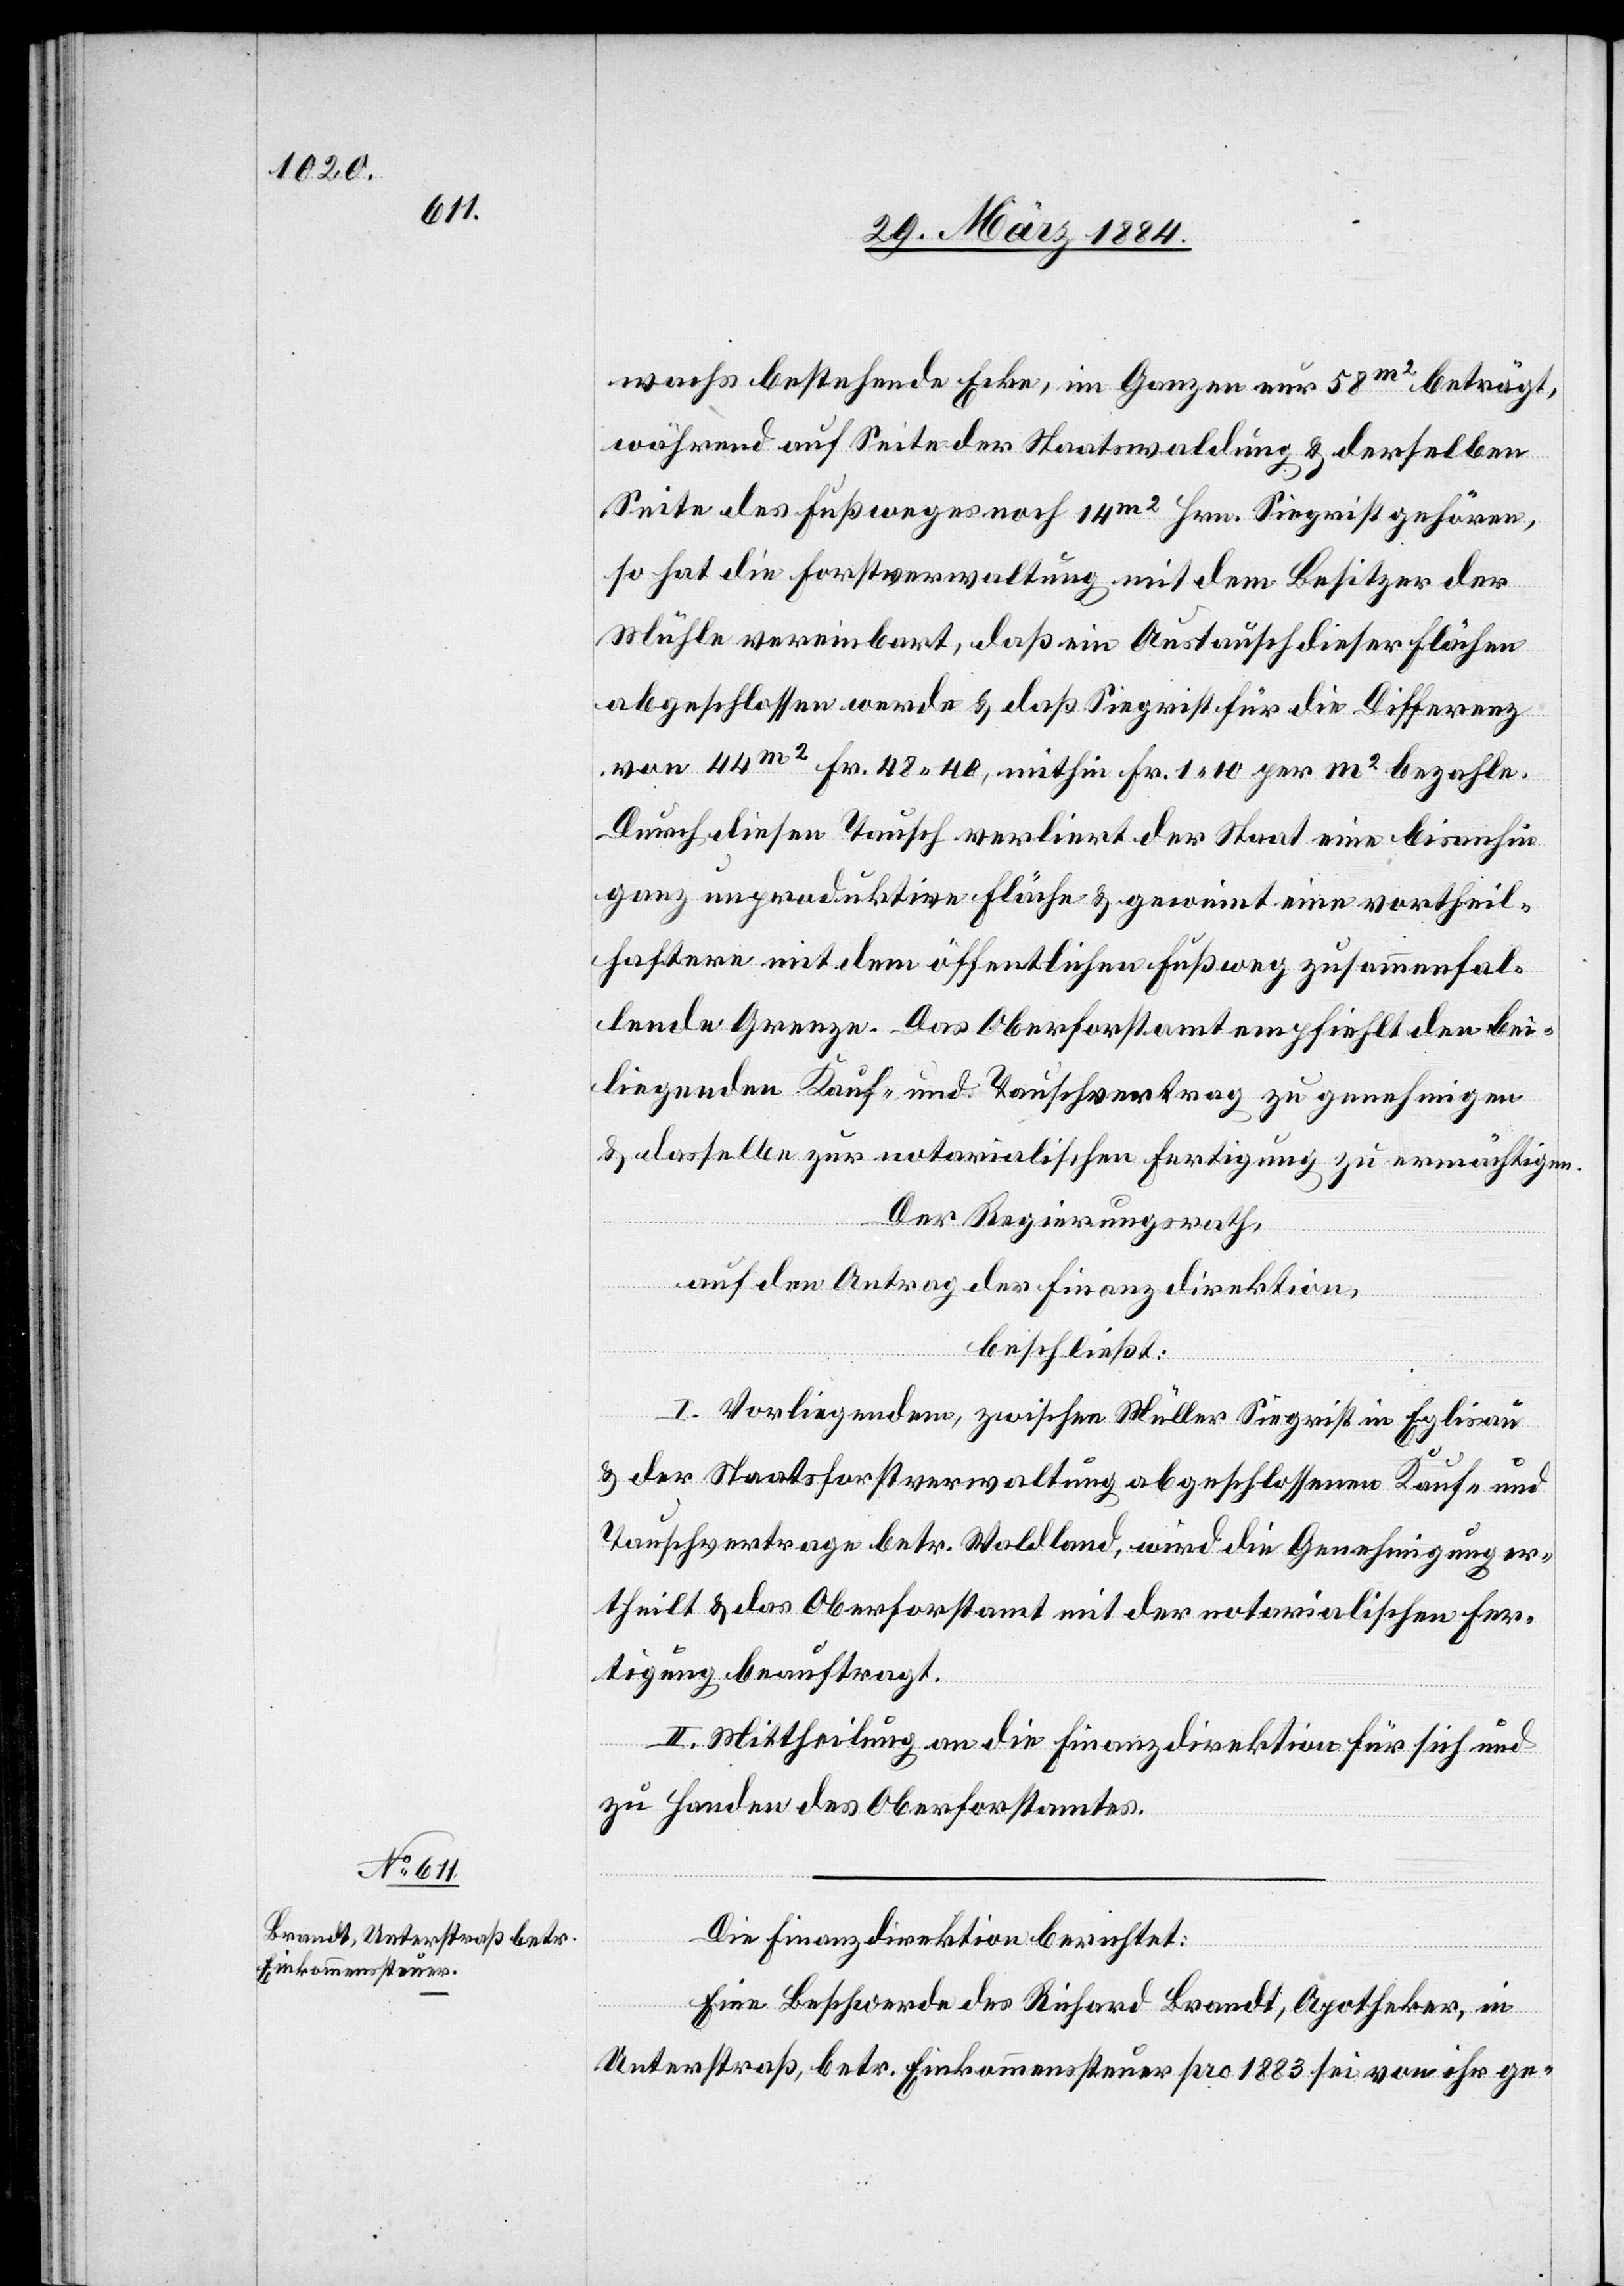
wachs bestehende Ecke, im Ganzen nur 58 m2 beträgt,
während auf Seite der Staatswaldung & derselben
Seite des Fußweges noch 14 m2 Hrn. Siegrist gehören,
so hat die Forstverwaltung mit dem Besitzer der
Mühle vereinbart, daß ein Austausch dieser Flächen
abgeschlossen werde & daß Siegrist für die Differenz
von 44 m2 Fr. 48 40, mithin Fr. 1 10 per m2 bezahle.
Durch diesen Tausch verliert der Staat eine bis anhin
ganz unproduktive Fläche & gewinnt eine vortheil¬
haftere mit dem öffentlichen Fußweg zusammenfal¬
lende Grenze. Das Oberforstamt empfiehlt den bei¬
liegenden Kauf- und Tauschvertrag zu genehmigen
& dasselbe zur notarialischen Fertigung zu ermächtigen.
Der Regierungsrath,
auf den Antrag der Finanzdirektion,
beschließt:
I. Vorliegendem, zwischen Müller Siegrist in Eglisau
& der Staatsforstverwaltung abgeschlossenen Kauf- und
Tauschvertrage betr. Waldland, wird die Genehmigung er¬
theilt & das Oberforstamt mit der notarialischen Fer¬
tigung beauftragt.
II. Mittheilung an die Finanzdirektion für sich und
zu Handen des Oberforstamtes.
Die Finanzdirektion berichtet:
Eine Beschwerde des Richard Brandt, Apotheker, in
Unterstraß, betr. Einkommenssteuer pro 1883 sei von ihr ge-